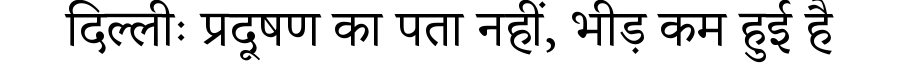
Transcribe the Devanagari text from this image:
दिल्लीः प्रदूषण का पता नहीं, भीड़ कम हुई है